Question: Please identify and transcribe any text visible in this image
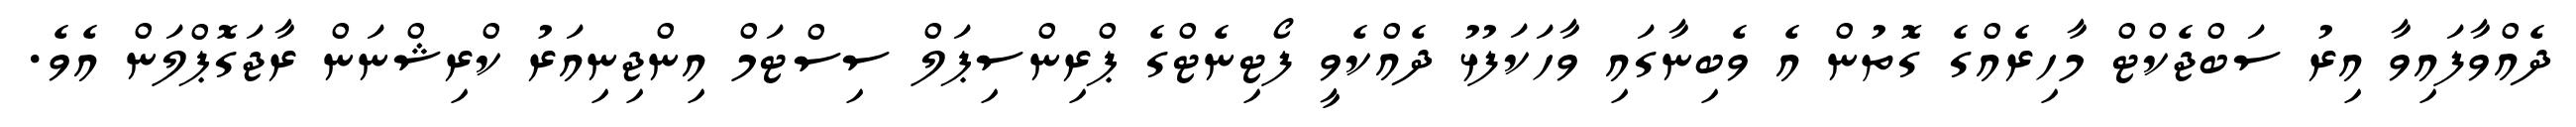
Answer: ދެއްވާފައިވާ އިރު ސަބްޖެކްޓް މާހިރެއްގެ ގޮތުން އެ ވެބިނާގައި ވާހަކަފުޅު ދެއްކެވީ ފޯޓިނެޓްގެ ޕްރިންސިޕަލް ސިސްޓަމް އިންޖިނިއަރު ކްރިޝްނަން ރާޖަގޮޕްލަން އެވެ.